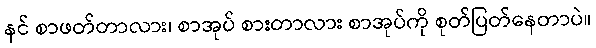
နင် စာဖတ်တာလား၊ စာအုပ် စားတာလား စာအုပ်ကို စုတ်ပြတ်နေတာပဲ။